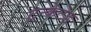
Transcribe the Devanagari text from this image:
ट्रन्केटेड